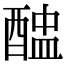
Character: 𨡵